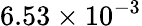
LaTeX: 6.53\times 10^{-3}